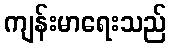
ကျန်းမာရေးသည်